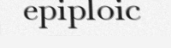
epiploic